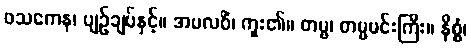
ဖသကေန၊ ပျဉ်ချပ်နှင့်။ အပလဝိံ၊ ကူး၏။ တမ္ဗ၊ တမ္ဗမင်းကြီး။ နိစ္စံ၊